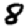
Digit: 8